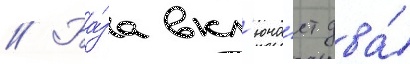
// Ба́за вкл'юча́ет два́